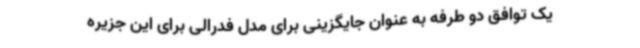
یک توافق دو طرفه به عنوان جایگزینی برای مدل فدرالی برای این جزیره